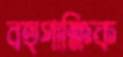
বহুপাক্ষিক